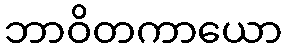
ဘာဝိတကာယော